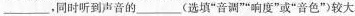
___，同时听到声音的___(选填”音调””响度”或”音色”)较大。